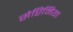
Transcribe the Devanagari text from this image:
सेप्टिमिया